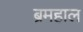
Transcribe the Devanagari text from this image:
ब्रमहाल